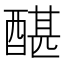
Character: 䤁